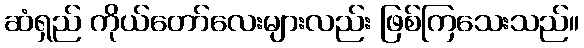
ဆံရှည် ကိုယ်တော်လေးများလည်း ဖြစ်ကြသေးသည်။